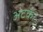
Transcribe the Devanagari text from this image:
अटकें।